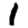
Digit: 1